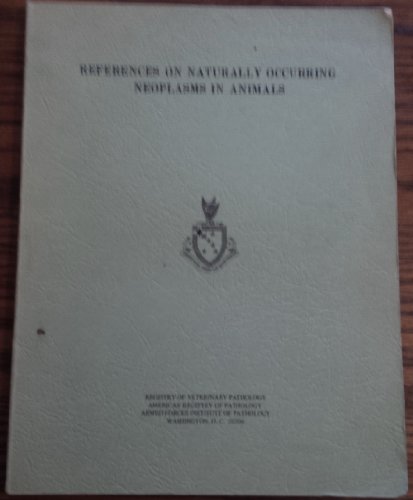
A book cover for References in naturally occuring neoplasms in animals,; Farrel R Robinson; Medical Books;